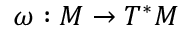
\omega : M \to T ^ { * } M